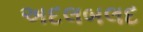
અદલબલદ